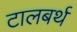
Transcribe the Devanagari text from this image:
टालबर्थ